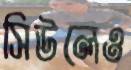
সিউলেও